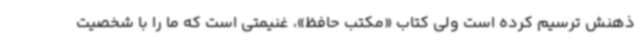
ذهنش ترسیم کرده است ولی کتاب «مکتب حافظ»، غنیمتی است که ما را با شخصیت